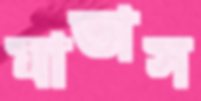
মাতাস